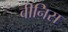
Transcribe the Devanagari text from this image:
वीनिस